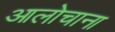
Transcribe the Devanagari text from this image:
आलोचाना